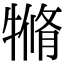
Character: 𤛛